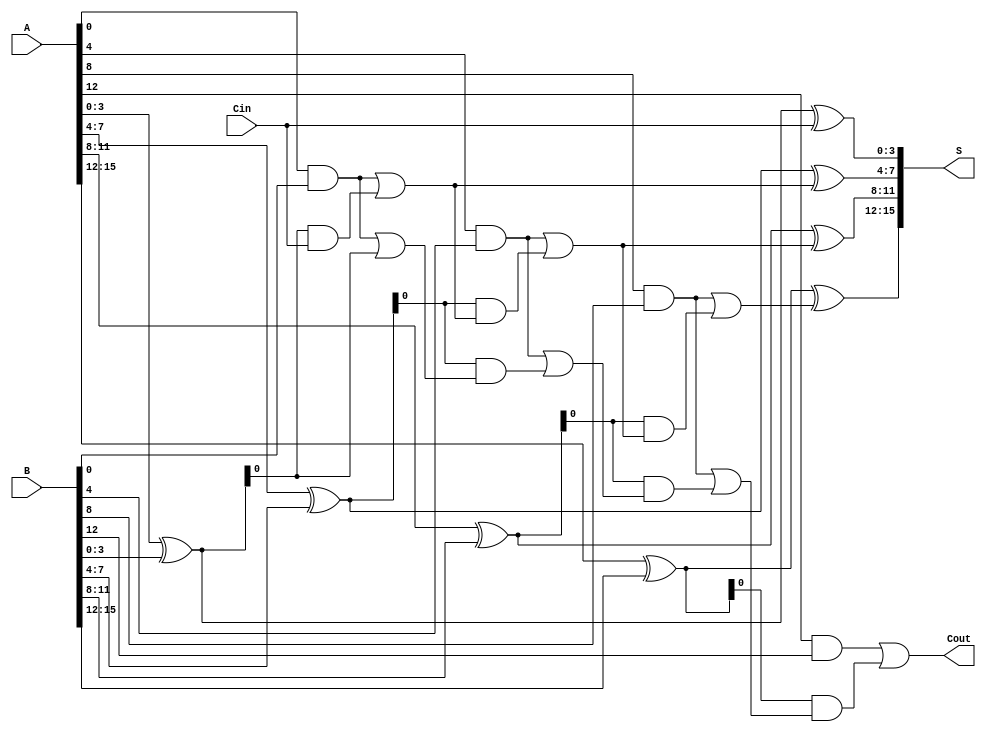
module CarrySelectAdder #(parameter N = 16) (
    input  [N-1:0] A,         // First operand
    input  [N-1:0] B,         // Second operand
    input         Cin,        // Carry input
    output [N-1:0] S,         // Sum output
    output        Cout        // Carry output
);

    // Number of blocks
    localparam BLOCK_SIZE = 4;
    localparam NUM_BLOCKS = N / BLOCK_SIZE;

    // Internal wires for each block
    wire [BLOCK_SIZE-1:0] G [NUM_BLOCKS-1:0]; // Generate signals
    wire [BLOCK_SIZE-1:0] P [NUM_BLOCKS-1:0]; // Propagate signals
    wire [NUM_BLOCKS:0] C0;                     // Carry outputs assuming Cin = 0
    wire [NUM_BLOCKS:0] C1;                     // Carry outputs assuming Cin = 1
    wire [BLOCK_SIZE-1:0] sum [NUM_BLOCKS-1:0];

    // Block generation of P and G
    genvar i;
    generate
        for (i = 0; i < NUM_BLOCKS; i = i + 1) begin: blocks
            // Compute P and G for each block
            assign P[i] = A[i*BLOCK_SIZE +: BLOCK_SIZE] ^ B[i*BLOCK_SIZE +: BLOCK_SIZE]; // Propagate
            assign G[i] = (A[i*BLOCK_SIZE +: BLOCK_SIZE] & B[i*BLOCK_SIZE +: BLOCK_SIZE]); // Generate

            // Carry calculations assuming Cin = 0 and Cin = 1
            if (i == 0) begin
                assign C0[i] = G[i] | (P[i] & Cin); // First block carries
                assign C1[i] = G[i] | (P[i] & 1'b1); // First block with Cin = 1
            end else begin
                assign C0[i] = G[i] | (P[i] & C0[i-1]); // Carry-out for Cin = 0
                assign C1[i] = G[i] | (P[i] & C1[i-1]); // Carry-out for Cin = 1
            end

            // Sum calculation based on selected carry
            assign sum[i] = P[i] ^ (i == 0 ? Cin : (C0[i-1])); // Select carry input from previous block
        end
    endgenerate

    // Final sum and carry-out
    generate
        for (i = 0; i < NUM_BLOCKS; i = i + 1) begin
            assign S[i*BLOCK_SIZE +: BLOCK_SIZE] = sum[i];
        end
    endgenerate

    assign Cout = C1[NUM_BLOCKS-1]; // Final carry-out

endmodule